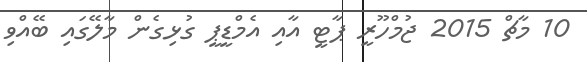
10 މާޗް 2015 ޖުމްހޫރީ ޕާޓީ އާއި އެމްޑީޕީ ގުޅިގެން މާލޭގައި ބޭއްވި